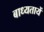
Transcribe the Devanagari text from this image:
बाध्यतायें